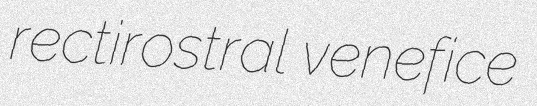
rectirostral venefice